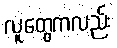
လူတွေကလည်း